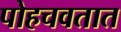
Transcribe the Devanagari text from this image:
पोहचवतात